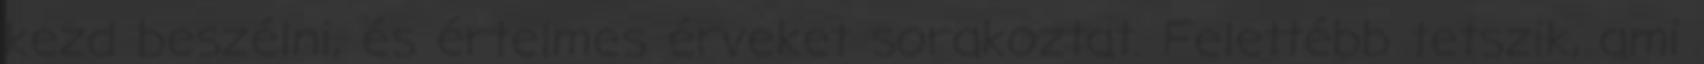
kezd beszélni, és értelmes érveket sorakoztat. Felettébb tetszik, ami